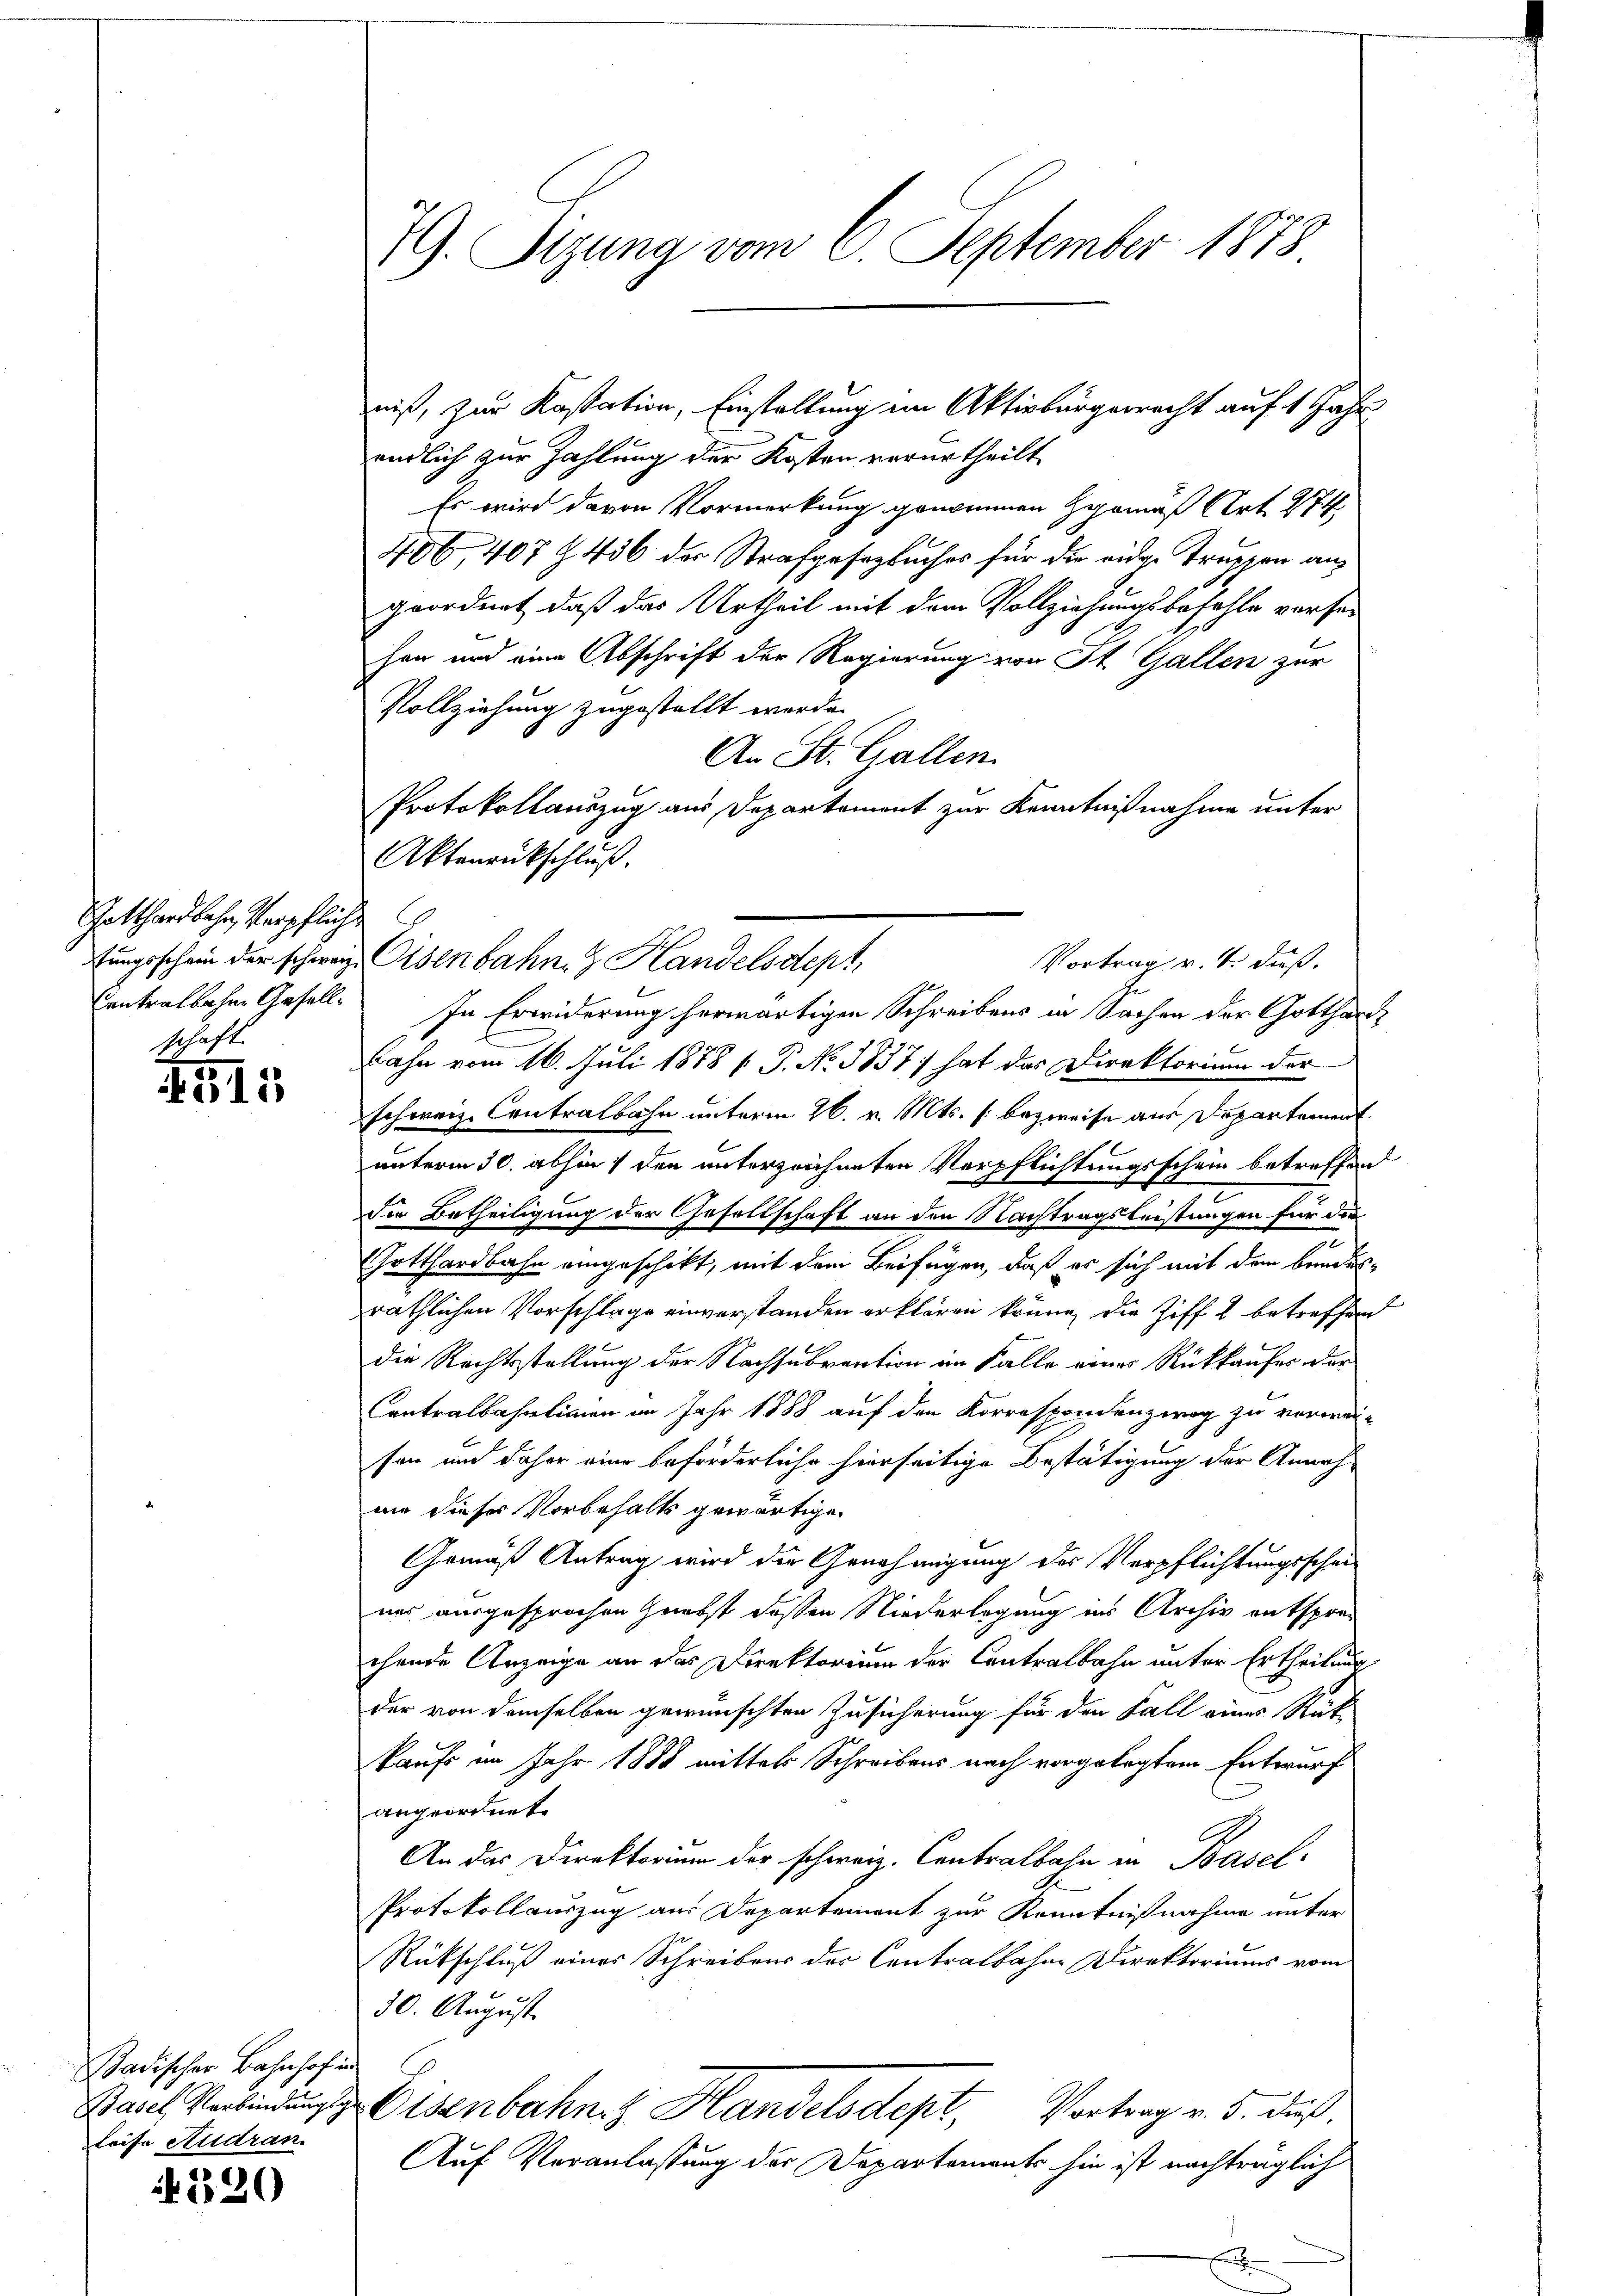
Gotthardbahn verpflich
Centralbahne Gesellschaft.

4511

Badischer Bahnhof in
Basel, Verbindungsg
leise Audran.

320

79. Sizung vom 6. September 1873

niß, zur Kastation, Einstellung im Aktivbürgerrecht auf 1 Jahr
endlich zur Zahlung der Kosten verurtheilt
Es wird davon Vormerkung genommen gemäß Art. 274
406 407 f. 456 der Strafgesetzbuches für die eidge Truppen angeordnet, daß das Urtheil mit dem Vollziehungsbezahle versehen und eine Abschrift der Regierung von St. Gallen zur
Vollziehung zugestellt werde.
An St. Gallen.
Protokollauszug aus Departement zur Kenntnißnahme unter
In Erwiderung herwärtigen Schreibens in Sachen der Gotthard
Bahn vom 16. Juli 1878 / P. No 3837) hat das Direktorium der
schweiz. Contralbahn unterm 26. v. Mts. bezweife aus Departement
unterm 30. abhin 1 den unterzeichneten Verpflichtungsschein betreffen
Die Betheiligung der Gesellschaft an den Nachtragsleistungen für die
Gotthardbahn eingeschikt, mit dem Beifügen, daß er sich mit dem Bundes-
räthlichen Vorschlage einverstanden erklären könne, die Ziff 2 betreffen
die Rechtsstellung der Nachsubvention im Falle eines Rückkaufes der
Contralbahnlinien im Jahr 1888 auf den Korrespondenzwog zu verwei-
sen und daher eine Beförderliche hierseitige Bestätigung der Annah-
nie dieser Vorbehalts gewärtige.
Gemäß Antrag wird die Genehmigung des Verpflichtungsscheines ausgesprochen nebst dessen Niederlegung ins Archiv entsprechende Anzeige an das Direktorium der Contralbahn unter Ertheilung
der von demselben gewünschten Zusicherung für den Fall eines Rüt
kaufs im Jahr 1888 mittels Schreibens nach vorgelegtem Entwurf
angeordnet.
An das Direktorium der schweiz. Contralbahn in Basel
Protokollauszug aus Departement zur Kenntnißnahme unter
Rütschluß eines Schreibens der Centralbahne Direktoriums vom
30. August.
Osenbahn. Handelsdept,
Vortrag v. 5. dieß.
Auf Veranlassung der Departements hin ist nachträglich

fungsschein der schweiz. Eisenbahn. G. Handelsdept,

Aktenrückschluß.

Vortrag v. 4. daß